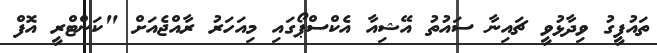
ތައުފީގު ވިދާޅުވީ ޗައިނާ ސައުތު އޭޝިއާ އެކްސްޕޯގައި މިއަހަރު ރާއްޖެއަށް "ކަންޓްރީ އޮފް